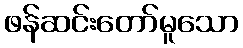
ဖန်ဆင်းတော်မူသော